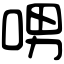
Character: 𠲸